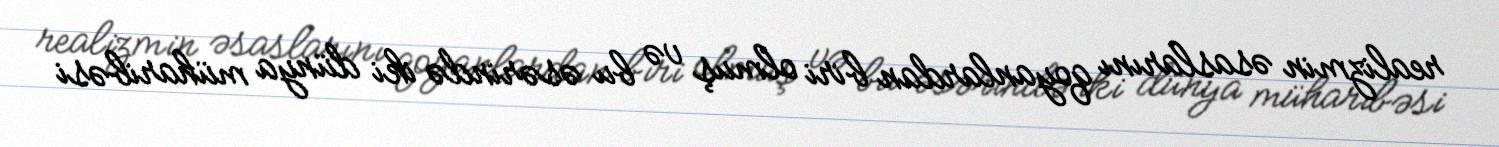
realizmin əsaslarını qoyanlardan biri olmuş və bu əsərində iki dünya müharibəsi